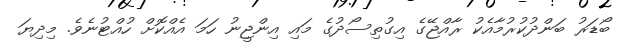
ބޯޑަރު ބަންދުކުރުމާއެކު ރާއްޖޭގެ އިގުތިސޯދުގެ މައި އިންޖީނު ހަމަ އެއްކޮށް ހުއްޓުނެވެ. މިދިޔަ